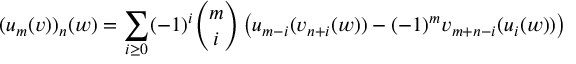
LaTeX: ( u _ { m } ( v ) ) _ { n } ( w ) = \sum _ { i \geq 0 } ( - 1 ) ^ { i } { \binom { m } { i } } \left( u _ { m - i } ( v _ { n + i } ( w ) ) - ( - 1 ) ^ { m } v _ { m + n - i } ( u _ { i } ( w ) ) \right)